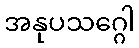
အနုပသဂ္ဂေါ